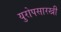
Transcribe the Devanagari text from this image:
युरोपसारखी